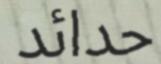
حدائد